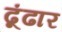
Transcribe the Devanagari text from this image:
ढूंढार